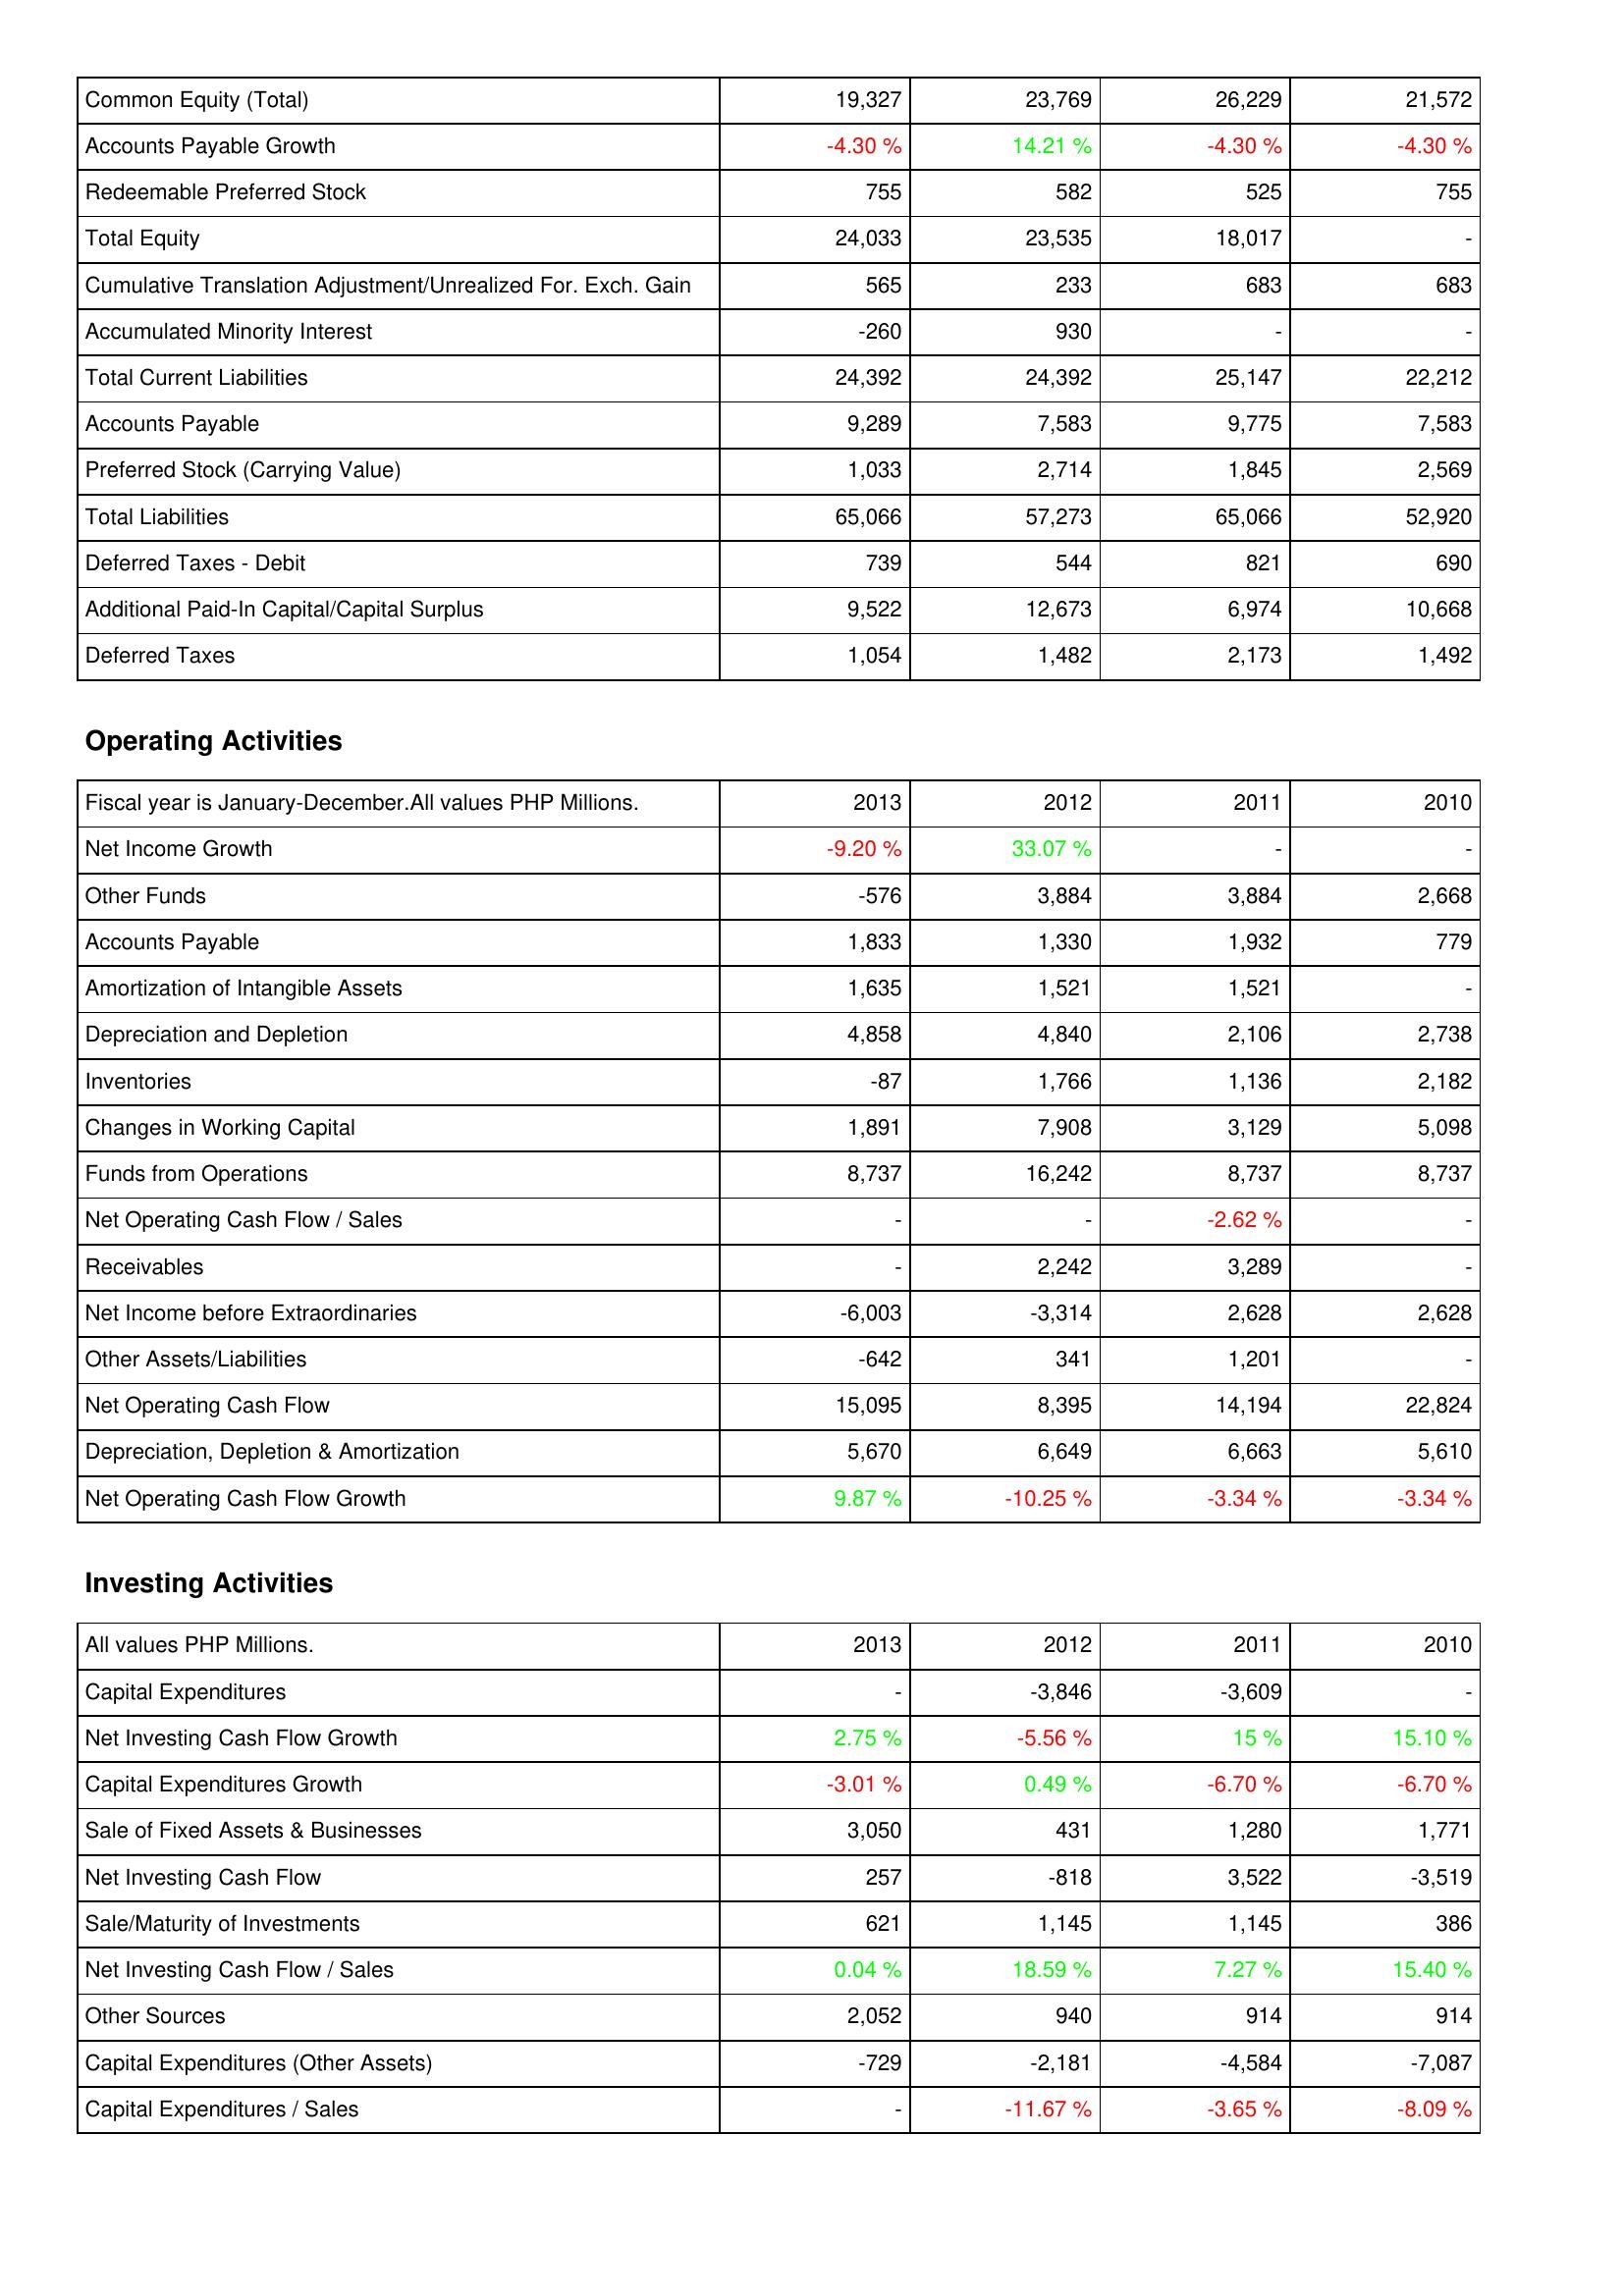
2013: Liabilities & Shareholders' Equity: Common Equity (Total): 19,327
Accounts Payable Growth: -4.30 %
Redeemable Preferred Stock: 755
Total Equity: 24,033
Cumulative Translation Adjustment/Unrealized For. Exch. Gain: 565
Accumulated Minority Interest: -260
Total Current Liabilities: 24,392
Accounts Payable: 9,289
Preferred Stock (Carrying Value): 1,033
Total Liabilities: 65,066
Deferred Taxes - Debit: 739
Additional Paid-In Capital/Capital Surplus: 9,522
Deferred Taxes: 1,054
Operating Activities: Net Income Growth: -9.20 %
Other Funds: -576
Accounts Payable: 1,833
Amortization of Intangible Assets: 1,635
Depreciation and Depletion: 4,858
Inventories: -87
Changes in Working Capital: 1,891
Funds from Operations: 8,737
Net Operating Cash Flow / Sales: -
Receivables: -
Net Income before Extraordinaries: -6,003
Other Assets/Liabilities: -642
Net Operating Cash Flow: 15,095
Depreciation, Depletion & Amortization: 5,670
Net Operating Cash Flow Growth: 9.87 %
Investing Activities: Capital Expenditures: -
Net Investing Cash Flow Growth: 2.75 %
Capital Expenditures Growth: -3.01 %
Sale of Fixed Assets & Businesses: 3,050
Net Investing Cash Flow: 257
Sale/Maturity of Investments: 621
Net Investing Cash Flow / Sales: 0.04 %
Other Sources: 2,052
Capital Expenditures (Other Assets): -729
Capital Expenditures / Sales: -
2012: Liabilities & Shareholders' Equity: Common Equity (Total): 23,769
Accounts Payable Growth: 14.21 %
Redeemable Preferred Stock: 582
Total Equity: 23,535
Cumulative Translation Adjustment/Unrealized For. Exch. Gain: 233
Accumulated Minority Interest: 930
Total Current Liabilities: 24,392
Accounts Payable: 7,583
Preferred Stock (Carrying Value): 2,714
Total Liabilities: 57,273
Deferred Taxes - Debit: 544
Additional Paid-In Capital/Capital Surplus: 12,673
Deferred Taxes: 1,482
Operating Activities: Net Income Growth: 33.07 %
Other Funds: 3,884
Accounts Payable: 1,330
Amortization of Intangible Assets: 1,521
Depreciation and Depletion: 4,840
Inventories: 1,766
Changes in Working Capital: 7,908
Funds from Operations: 16,242
Net Operating Cash Flow / Sales: -
Receivables: 2,242
Net Income before Extraordinaries: -3,314
Other Assets/Liabilities: 341
Net Operating Cash Flow: 8,395
Depreciation, Depletion & Amortization: 6,649
Net Operating Cash Flow Growth: -10.25 %
Investing Activities: Capital Expenditures: -3,846
Net Investing Cash Flow Growth: -5.56 %
Capital Expenditures Growth: 0.49 %
Sale of Fixed Assets & Businesses: 431
Net Investing Cash Flow: -818
Sale/Maturity of Investments: 1,145
Net Investing Cash Flow / Sales: 18.59 %
Other Sources: 940
Capital Expenditures (Other Assets): -2,181
Capital Expenditures / Sales: -11.67 %
2011: Liabilities & Shareholders' Equity: Common Equity (Total): 26,229
Accounts Payable Growth: -4.30 %
Redeemable Preferred Stock: 525
Total Equity: 18,017
Cumulative Translation Adjustment/Unrealized For. Exch. Gain: 683
Accumulated Minority Interest: -
Total Current Liabilities: 25,147
Accounts Payable: 9,775
Preferred Stock (Carrying Value): 1,845
Total Liabilities: 65,066
Deferred Taxes - Debit: 821
Additional Paid-In Capital/Capital Surplus: 6,974
Deferred Taxes: 2,173
Operating Activities: Net Income Growth: -
Other Funds: 3,884
Accounts Payable: 1,932
Amortization of Intangible Assets: 1,521
Depreciation and Depletion: 2,106
Inventories: 1,136
Changes in Working Capital: 3,129
Funds from Operations: 8,737
Net Operating Cash Flow / Sales: -2.62 %
Receivables: 3,289
Net Income before Extraordinaries: 2,628
Other Assets/Liabilities: 1,201
Net Operating Cash Flow: 14,194
Depreciation, Depletion & Amortization: 6,663
Net Operating Cash Flow Growth: -3.34 %
Investing Activities: Capital Expenditures: -3,609
Net Investing Cash Flow Growth: 15 %
Capital Expenditures Growth: -6.70 %
Sale of Fixed Assets & Businesses: 1,280
Net Investing Cash Flow: 3,522
Sale/Maturity of Investments: 1,145
Net Investing Cash Flow / Sales: 7.27 %
Other Sources: 914
Capital Expenditures (Other Assets): -4,584
Capital Expenditures / Sales: -3.65 %
2010: Liabilities & Shareholders' Equity: Common Equity (Total): 21,572
Accounts Payable Growth: -4.30 %
Redeemable Preferred Stock: 755
Total Equity: -
Cumulative Translation Adjustment/Unrealized For. Exch. Gain: 683
Accumulated Minority Interest: -
Total Current Liabilities: 22,212
Accounts Payable: 7,583
Preferred Stock (Carrying Value): 2,569
Total Liabilities: 52,920
Deferred Taxes - Debit: 690
Additional Paid-In Capital/Capital Surplus: 10,668
Deferred Taxes: 1,492
Operating Activities: Net Income Growth: -
Other Funds: 2,668
Accounts Payable: 779
Amortization of Intangible Assets: -
Depreciation and Depletion: 2,738
Inventories: 2,182
Changes in Working Capital: 5,098
Funds from Operations: 8,737
Net Operating Cash Flow / Sales: -
Receivables: -
Net Income before Extraordinaries: 2,628
Other Assets/Liabilities: -
Net Operating Cash Flow: 22,824
Depreciation, Depletion & Amortization: 5,610
Net Operating Cash Flow Growth: -3.34 %
Investing Activities: Capital Expenditures: -
Net Investing Cash Flow Growth: 15.10 %
Capital Expenditures Growth: -6.70 %
Sale of Fixed Assets & Businesses: 1,771
Net Investing Cash Flow: -3,519
Sale/Maturity of Investments: 386
Net Investing Cash Flow / Sales: 15.40 %
Other Sources: 914
Capital Expenditures (Other Assets): -7,087
Capital Expenditures / Sales: -8.09 %